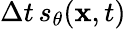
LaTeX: \Delta t\, s_{\theta}(\mathbf{x},t)